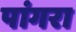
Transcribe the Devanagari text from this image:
पांगरा